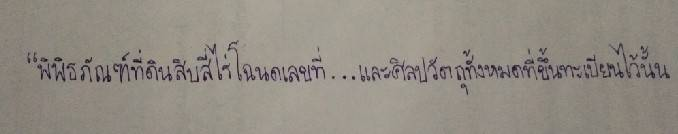
"พิพิธภัณฑ์ที่ดินสิบสี่ไร่โฉนดเลขที่...และศิลปวัตถุทั้งหมดที่ขึ้นทะเบียนไว้นั้น